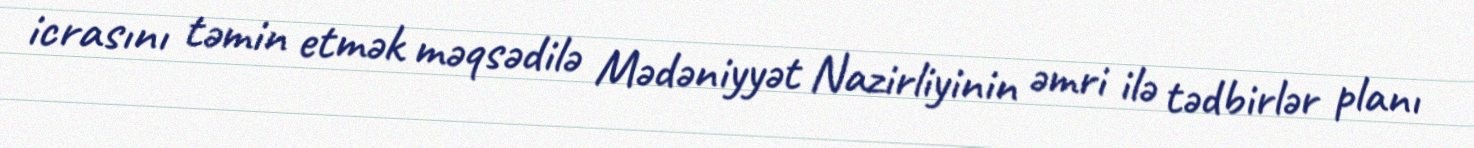
icrasını təmin etmək məqsədilə Mədəniyyət Nazirliyinin əmri ilə tədbirlər planı